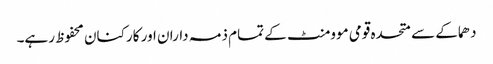
دھماکے سے متحدہ قومی موومنٹ کے تمام ذمہ داران اور کارکنان محفوظ رہے۔